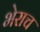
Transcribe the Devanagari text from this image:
भेराच